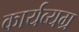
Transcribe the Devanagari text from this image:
कार्यव्यग्र